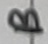
Text: B